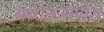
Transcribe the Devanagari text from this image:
मार्गक्रमणेस